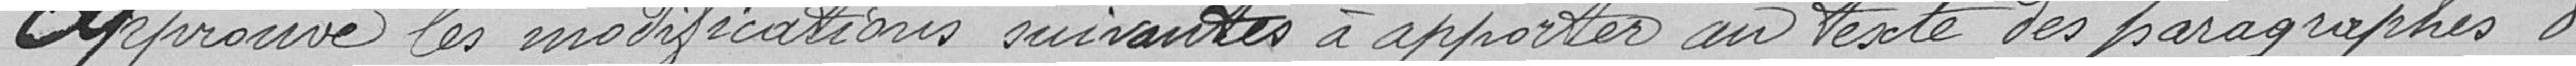
Approuve les modifications suivantes à apporter au texte des paragraphes 8